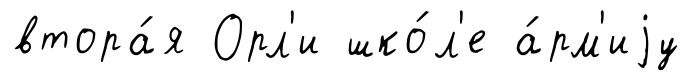
втора́я Орл'и шко́л'е а́рм'иjу